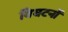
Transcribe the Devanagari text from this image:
विघटनों